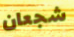
شجعان